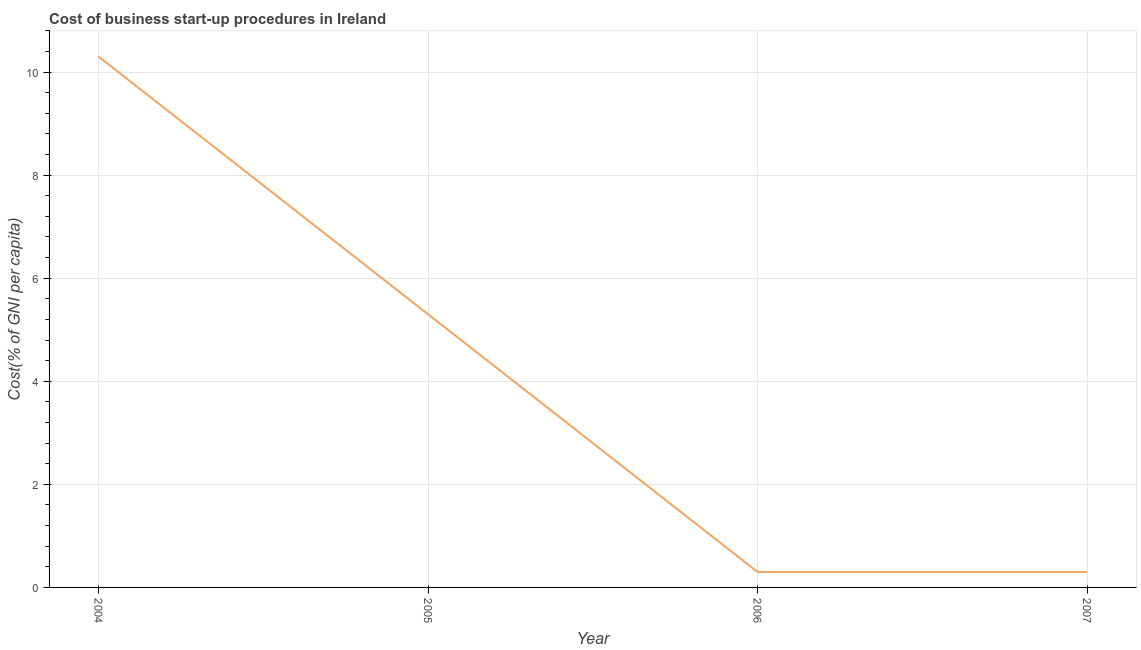
| Year | Cost |
 | --- | --- |
 | 2004 | 10.3 |
 | 2005 | 5.3 |
 | 2006 | 0.3 |
 | 2007 | 0.3 |